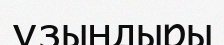
ұзындыры